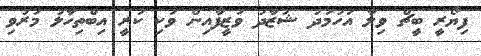
ފިޔޯރީ ބީޗް ވިލާ އަހުމަދު ޝުޒާދު ވަޒީފާއިން ވަކި ކުރީ އިބްތިހާލު މަރުވި